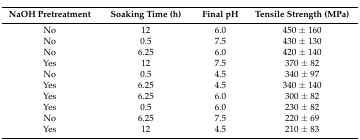
<table><thead><tr><td><b>NaOH Pretreatment</b></td><td><b>Soaking Time (h)</b></td><td><b>Final pH</b></td><td><b>Tensile Strength (MPa)</b></td></tr></thead><tbody><tr><td>No</td><td>12</td><td>6.0</td><td>450 ± 160</td></tr><tr><td>No</td><td>0.5</td><td>7.5</td><td>430 ± 130</td></tr><tr><td>No</td><td>6.25</td><td>6.0</td><td>420 ± 140</td></tr><tr><td>Yes</td><td>12</td><td>7.5</td><td>370 ± 82</td></tr><tr><td>No</td><td>0.5</td><td>4.5</td><td>340 ± 97</td></tr><tr><td>Yes</td><td>6.25</td><td>4.5</td><td>340 ± 140</td></tr><tr><td>Yes</td><td>6.25</td><td>6.0</td><td>300 ± 82</td></tr><tr><td>Yes</td><td>0.5</td><td>6.0</td><td>230 ± 82</td></tr><tr><td>No</td><td>6.25</td><td>7.5</td><td>220 ± 69</td></tr><tr><td>Yes</td><td>12</td><td>4.5</td><td>210 ± 83</td></tr></tbody></table>